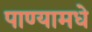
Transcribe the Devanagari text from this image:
पाण्यामधे